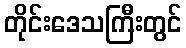
တိုင်းဒေသကြီးတွင်